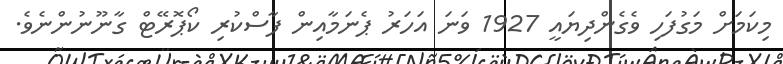
މިކަމަށް މަގުފަހި ވެގެންދިޔައީ 1927 ވަނަ އަހަރު ޕެނަމާއިން ފާސްކުރި ކޯޕޮރޭޓް ގާނޫނުންނެވެ.